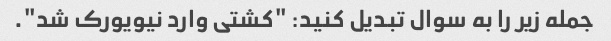
جمله زیر را به سوال تبدیل کنید: "کشتی وارد نیویورک شد".